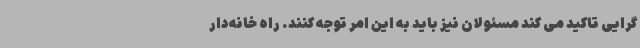
گرایی تاکید می کند مسئولان نیز باید به این امر توجه کنند. راه خانه‌دار